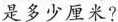
是多少厘米?